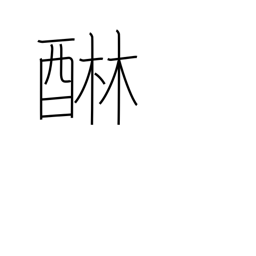
Meaning: remove astringency